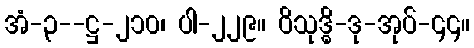
အံ-၃--ဋ္ဌ-၂၁၀၊ ပါ-၂၂၉။ ဝိသုဒ္ဓိ-ဒု-အုပ်-၄၄။